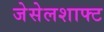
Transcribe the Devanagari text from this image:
जेसेलशाफ्ट